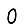
Digit: 0